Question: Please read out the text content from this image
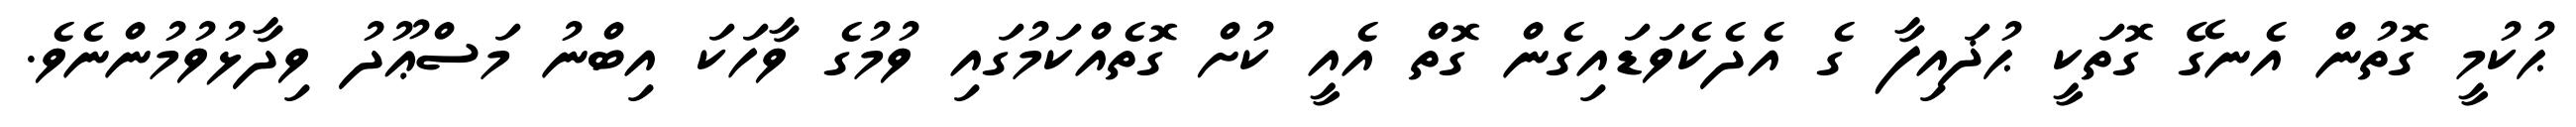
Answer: ޙުކުމީ ގޮތުން އެނގޭ ގޮތަކީ ޙުޛައިފާ ގެ އެދެކެވަޑައިގެން ގޮތް އެއީ ކުށް ގޮތެއްކަމުގައި ވުމުގެ ވާހަކަ އިބްނު މަސްޢޫދު ވިދާޅުވުމުންނެވެ.